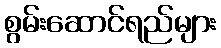
စွမ်းဆောင်ရည်များ